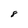
Character: 8